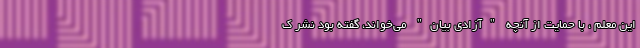
این معلم ، با حمایت از آنچه "آزادی بیان" می‌خواند، گفته بود نشر ک